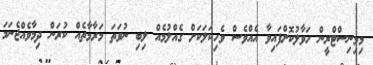
މިމިނިސްޓްރީން ހަވާލުކޮށްފައިވާ އެއްވެސް ވެހިކަލަކަށް ގެއްލުމެއް ލިބި ނުވަތަ މަރާމާތެއް ކުރަން ދިމާވެއްޖެނަމަ